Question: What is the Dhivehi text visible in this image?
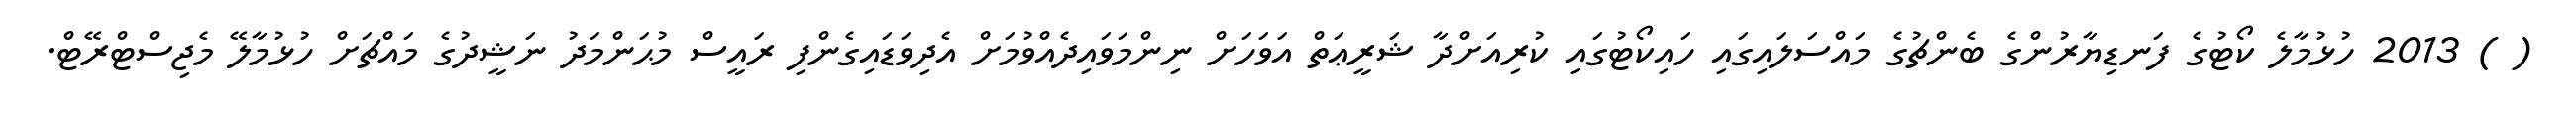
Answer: ( ) 2013 ހުޅުމާލެ ކޯޓުގެ ފަނޑިޔާރުންގެ ބެންޗުގެ މައްސަލައިގައި ހައިކޯޓުގައި ކުރިއަށްދާ ޝަރީޢަތް އަވަހަށް ނިންމަވައިދެއްވުމަށް އެދިވަޑައިގެންފި ރައީސް މުޙަންމަދު ނަޝީދުގެ މައްޗަށް ހުޅުމާލޭ މެޖިސްޓްރޭޓް.